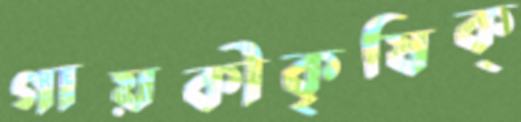
গায়কীকৃষিক্